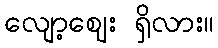
လျော့ဈေး ရှိလား။